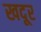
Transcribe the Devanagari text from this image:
खदूर